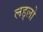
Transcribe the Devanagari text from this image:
लड्लो